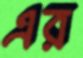
এর